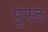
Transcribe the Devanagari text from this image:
पृस्ठ